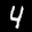
Label: 4